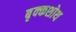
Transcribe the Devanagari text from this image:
बृक्कशोथ